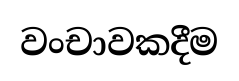
වංචාවකදීම